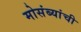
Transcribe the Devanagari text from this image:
मोसंब्यांची